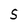
Character: S